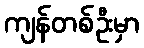
ကျန်တစ်ဦးမှာ